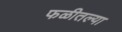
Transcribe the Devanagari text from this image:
फळीतल्या